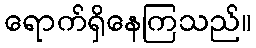
ရောက်ရှိနေကြသည်။